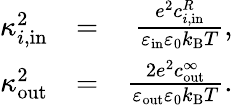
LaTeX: \begin{array}{rlr}{\kappa_{i,\mathrm{in}}^{2}}&{=}&{\frac{e^{2}c_{i,\mathrm{in}}^{R}}{\varepsilon_{\mathrm{in}}\varepsilon_{0}k_{\mathrm{B}}T},}\\ {\kappa_{\mathrm{out}}^{2}}&{=}&{\frac{2e^{2}c_{\mathrm{out}}^{\infty}}{\varepsilon_{\mathrm{out}}\varepsilon_{0}k_{\mathrm{B}}T}.}\end{array}